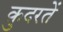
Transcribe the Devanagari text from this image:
क़ुदरतें